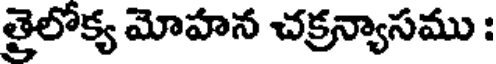
త్రైలోక్య మోహన చక్రన్యాసము :